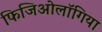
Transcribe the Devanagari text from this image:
फिजिओलॉगिया